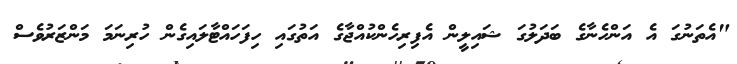
"އެތަނުގަ އެ އަންހެނާގެ ބަދަލުގަ ޝައިލީން އެފިރިހެންކުއްޖާގެ އަތުގައި ހިފަހައްޓާލައިގެން ހުރިނަމަ މަންޒަރުވެސް